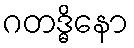
ဂတဒ္ဓိနော